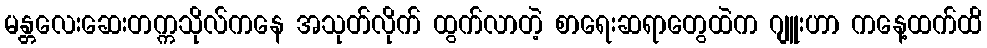
မန္တလေးဆေးတက္ကသိုလ်ကနေ အသုတ်လိုက် ထွက်လာတဲ့ စာရေးဆရာတွေထဲက ဂျူးဟာ ကနေ့ထက်ထိ